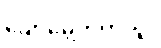
ပျော်မွေ့တတ်သူ။